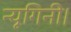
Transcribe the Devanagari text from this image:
न्यूगिनी।